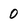
Character: 0